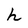
Character: h